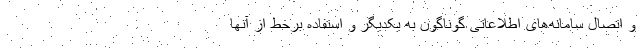
و اتصال سامانه‌های اطلاعاتی گوناگون به یکدیگر و استفاده برخط از آنها